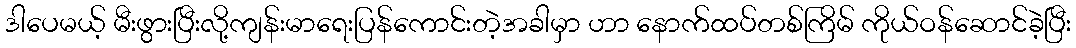
ဒါပေမယ့် မီးဖွားပြီးလို့ကျန်းမာရေးပြန်ကောင်းတဲ့အခါမှာ ဟာ နောက်ထပ်တစ်ကြိမ် ကိုယ်ဝန်ဆောင်ခဲ့ပြီး